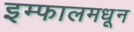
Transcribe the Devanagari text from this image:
इम्फालमधून